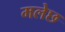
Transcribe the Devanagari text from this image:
मलेछ